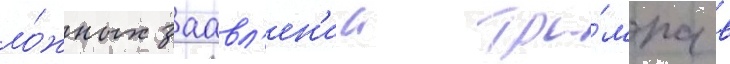
ло́жных заавл'ен'ии тра́мпа в